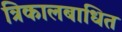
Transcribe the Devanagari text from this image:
त्रिकालबाधित